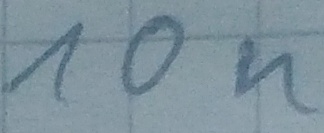
Text: 10n